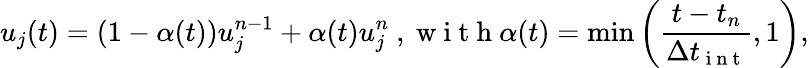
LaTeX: u_{j}(t)=(1-\alpha(t))u_{j}^{n-1}+\alpha(t)u_{j}^{n}\mathrm{~,~w~i~t~h~}\alpha(t)=\operatorname*{min}\left(\frac{t-t_{n}}{\Delta t_{\mathrm{~i~n~t~}}},1\right),